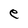
Character: e